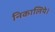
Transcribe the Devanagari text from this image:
निकालिये।